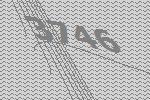
3746